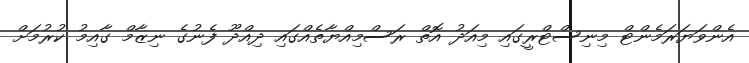
އެންވަޔަރަމެންޓް މިނިސްޓްރީގައި މިއަދު އޮތް ރަސްމިއްޔާތެއްގައި ދިއްދޫ ފެނުގެ ނިޒާމް ގާއިމު ކުރުމަށް